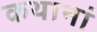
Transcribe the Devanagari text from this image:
कथानां